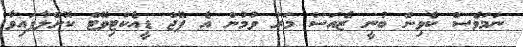
ނަމަވެސް ކެވިން ބުނީ ޒެއަސް މަރު ވުމުން އެ ޕޭޖް ޑީއެކްޓިވޭޓް ކޮށްލާފައިވާ